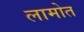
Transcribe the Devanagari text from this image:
लामोत